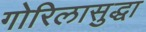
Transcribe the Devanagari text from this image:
गोरिलासुद्धा